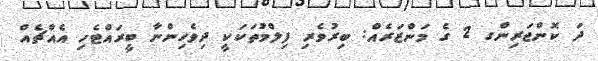
ދަ ކޮންޖަރިންގ 2 ގެ މަންޒަރެއް: ބިރުވެރި ފިލްމުތަކަކީ ދިވެހިންނާ ބީރައްޓެހި އެއްޗެއް